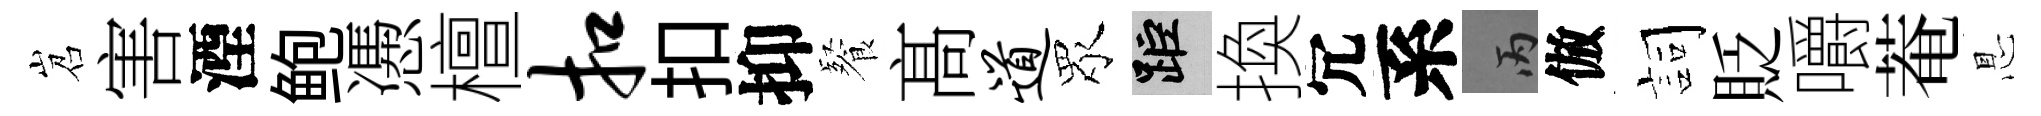
岧害湮鲍慿檀扣扣抑餐髙道眾距換冗系丙倣詞貶嚼菴㤙